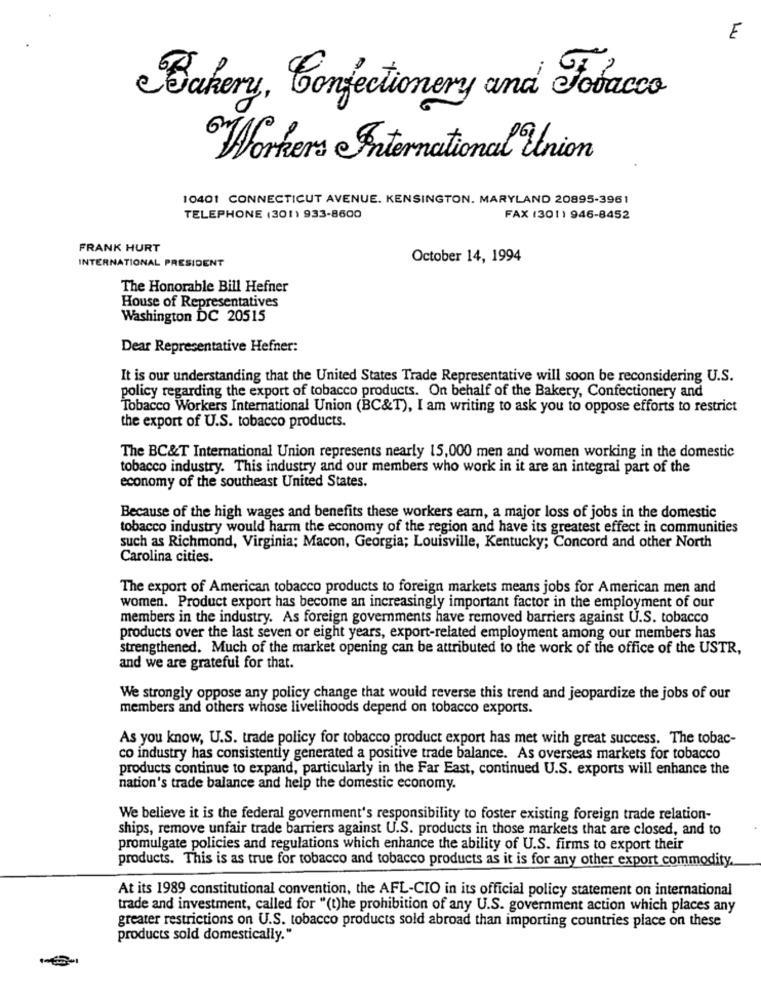
E
Bakery, Confectionery and Tobacco
Workers International Union
10401 CONNECTICUT AVENUE. KENSINGTON. MARYLAND 20895-3961
TELEPHONE (301) 933-8600
FAX (301) 946-8452
FRANK HURT
INTERNATIONAL PRESIDENT
October 14, 1994
The Honorable Bill Hefner
House of Representatives
Washington DC 20515
Dear Representative Hefner:
It is our understanding that the United States Trade Representative will soon be reconsidering U.S.
policy regarding the export of tobacco products. On behalf of the Bakery, Confectionery and
Tobacco Workers International Union (BC&T), I am writing to ask you to oppose efforts to restrict
the export of U.S. tobacco products.
The BC&T International Union represents nearly 15,000 men and women working in the domestic
tobacco industry. This industry and our members who work in it are an integral part of the
economy of the southeast United States.
Because of the high wages and benefits these workers earn, a major loss of jobs in the domestic
tobacco industry would harm the economy of the region and have its greatest effect in communities
such as Richmond, Virginia; Macon, Georgia; Louisville, Kentucky; Concord and other North
Carolina cities.
The export of American tobacco products to foreign markets means jobs for American men and
women. Product export has become an increasingly important factor in the employment of our
members in the industry. As foreign governments have removed barriers against U.S. tobacco
products over the last seven or eight years, export-related employment among our members has
strengthened. Much of the market opening can be attributed to the work of the office of the USTR,
and we are grateful for that.
We strongly oppose any policy change that would reverse this trend and jeopardize the jobs of our
members and others whose livelihoods depend on tobacco exports.
As you know, U.S. trade policy for tobacco product export has met with great success. The tobac-
co industry has consistently generated a positive trade balance. As overseas markets for tobacco
products continue to expand, particularly in the Far East, continued U.S. exports will enhance the
nation's trade balance and help the domestic economy.
We believe it is the federal government's responsibility to foster existing foreign trade relation-
ships, remove unfair trade barriers against U.S. products in those markets that are closed, and to
promulgate policies and regulations which enhance the ability of U.S. firms to export their
products. This is as true for tobacco and tobacco products as it is for any other export commodity.
At its 1989 constitutional convention, the AFL-CIO in its official policy statement on international
trade and investment, called for "(t)he prohibition of any U.S. government action which places any
greater restrictions on U.S. tobacco products sold abroad than importing countries place on these
products sold domestically."